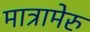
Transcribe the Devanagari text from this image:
मात्रामेरु